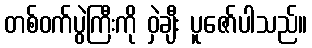
တစ်ဝက်ပွဲကြီးကို ဝှဲချီး ပူဇော်ပါသည်။